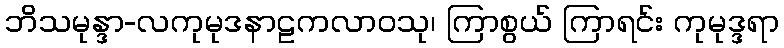
ဘိသမုန္ဒာ-လကုမုဒနာဠကလာဝသု၊ ကြာစွယ် ကြာရင်း ကုမုဒ္ဒရာ